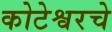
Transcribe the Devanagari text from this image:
कोटेश्वरचे